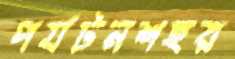
পর্যটনশহর